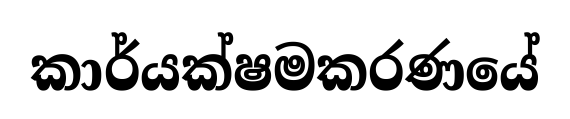
කාර්යක්ෂමකරණයේ